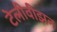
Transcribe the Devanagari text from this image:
टेलीवीझन